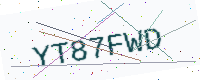
Text: YT87FWD